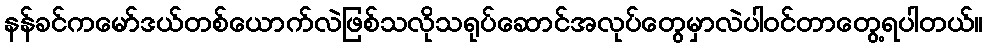
နန်ခင်ကမော်ဒယ်တစ်ယောက်လဲဖြစ်သလိုသရုပ်ဆောင်အလုပ်တွေမှာလဲပါဝင်တာတွေ့ရပါတယ်။